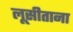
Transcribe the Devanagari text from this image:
लूसीताना